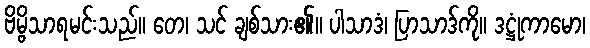
ဗိမ္ဗိသာရမင်းသည်။ တေ၊ သင် ချစ်သား၏။ ပါသာဒံ၊ ပြာသာဒ်ကို။ ဒဋ္ဌုံကာမော၊